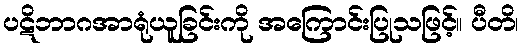
ပဋိဘာဂအာရုံယူခြင်းကို အကြောင်းပြုသဖြင့်။ ပီတိ၊